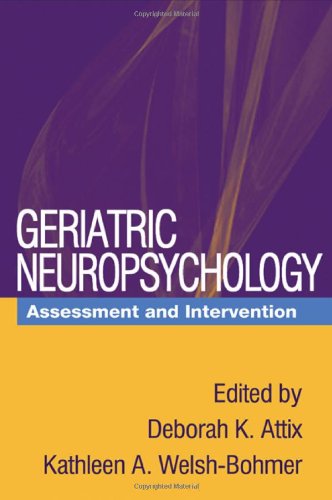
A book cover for Geriatric Neuropsychology: Assessment and Intervention; Medical Books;